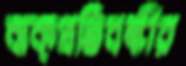
বাক্প্রতিবন্ধীর